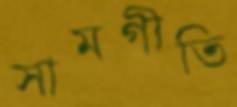
সামগীতি